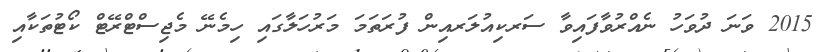
2015 ވަނަ ދުވަހު ނެއްރުވާފައިވާ ސަރކިއުލަރއިން ފުރަތަމަ މަރުހަލާގައި ހިމެނޭ މެޖިސްޓްރޭޓް ކޯޓުތަކާއި